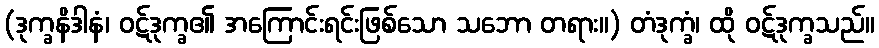
(ဒုက္ခနိဒါနံ၊ ဝဋ်ဒုက္ခ၏ အကြောင်းရင်းဖြစ်သော သဘော တရား။) တံဒုက္ခံ၊ ထို ဝဋ်ဒုက္ခသည်။